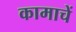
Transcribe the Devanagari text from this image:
कामाचें